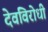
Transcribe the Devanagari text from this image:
देवविरोधी